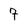
Character: 7